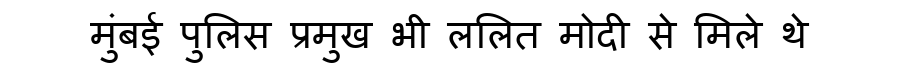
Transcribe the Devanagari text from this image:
मुंबई पुलिस प्रमुख भी ललित मोदी से मिले थे